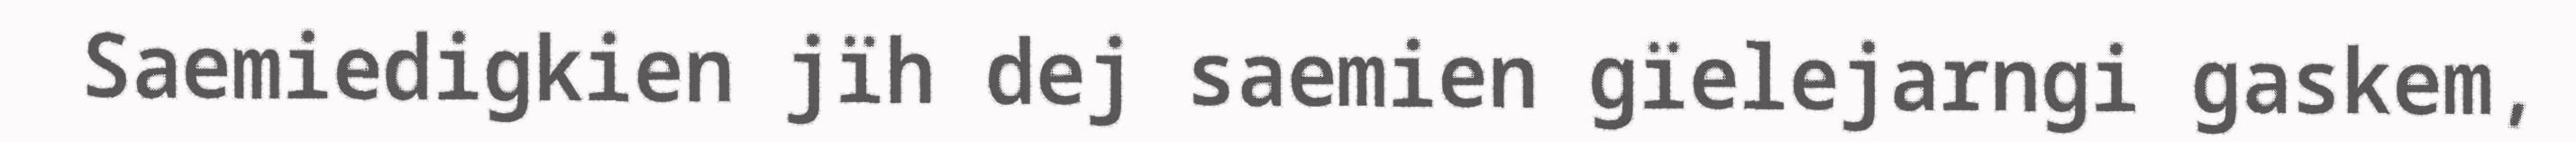
Saemiedigkien jïh dej saemien gïelejarngi gaskem,